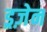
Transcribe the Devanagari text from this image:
ड्रज़ेन